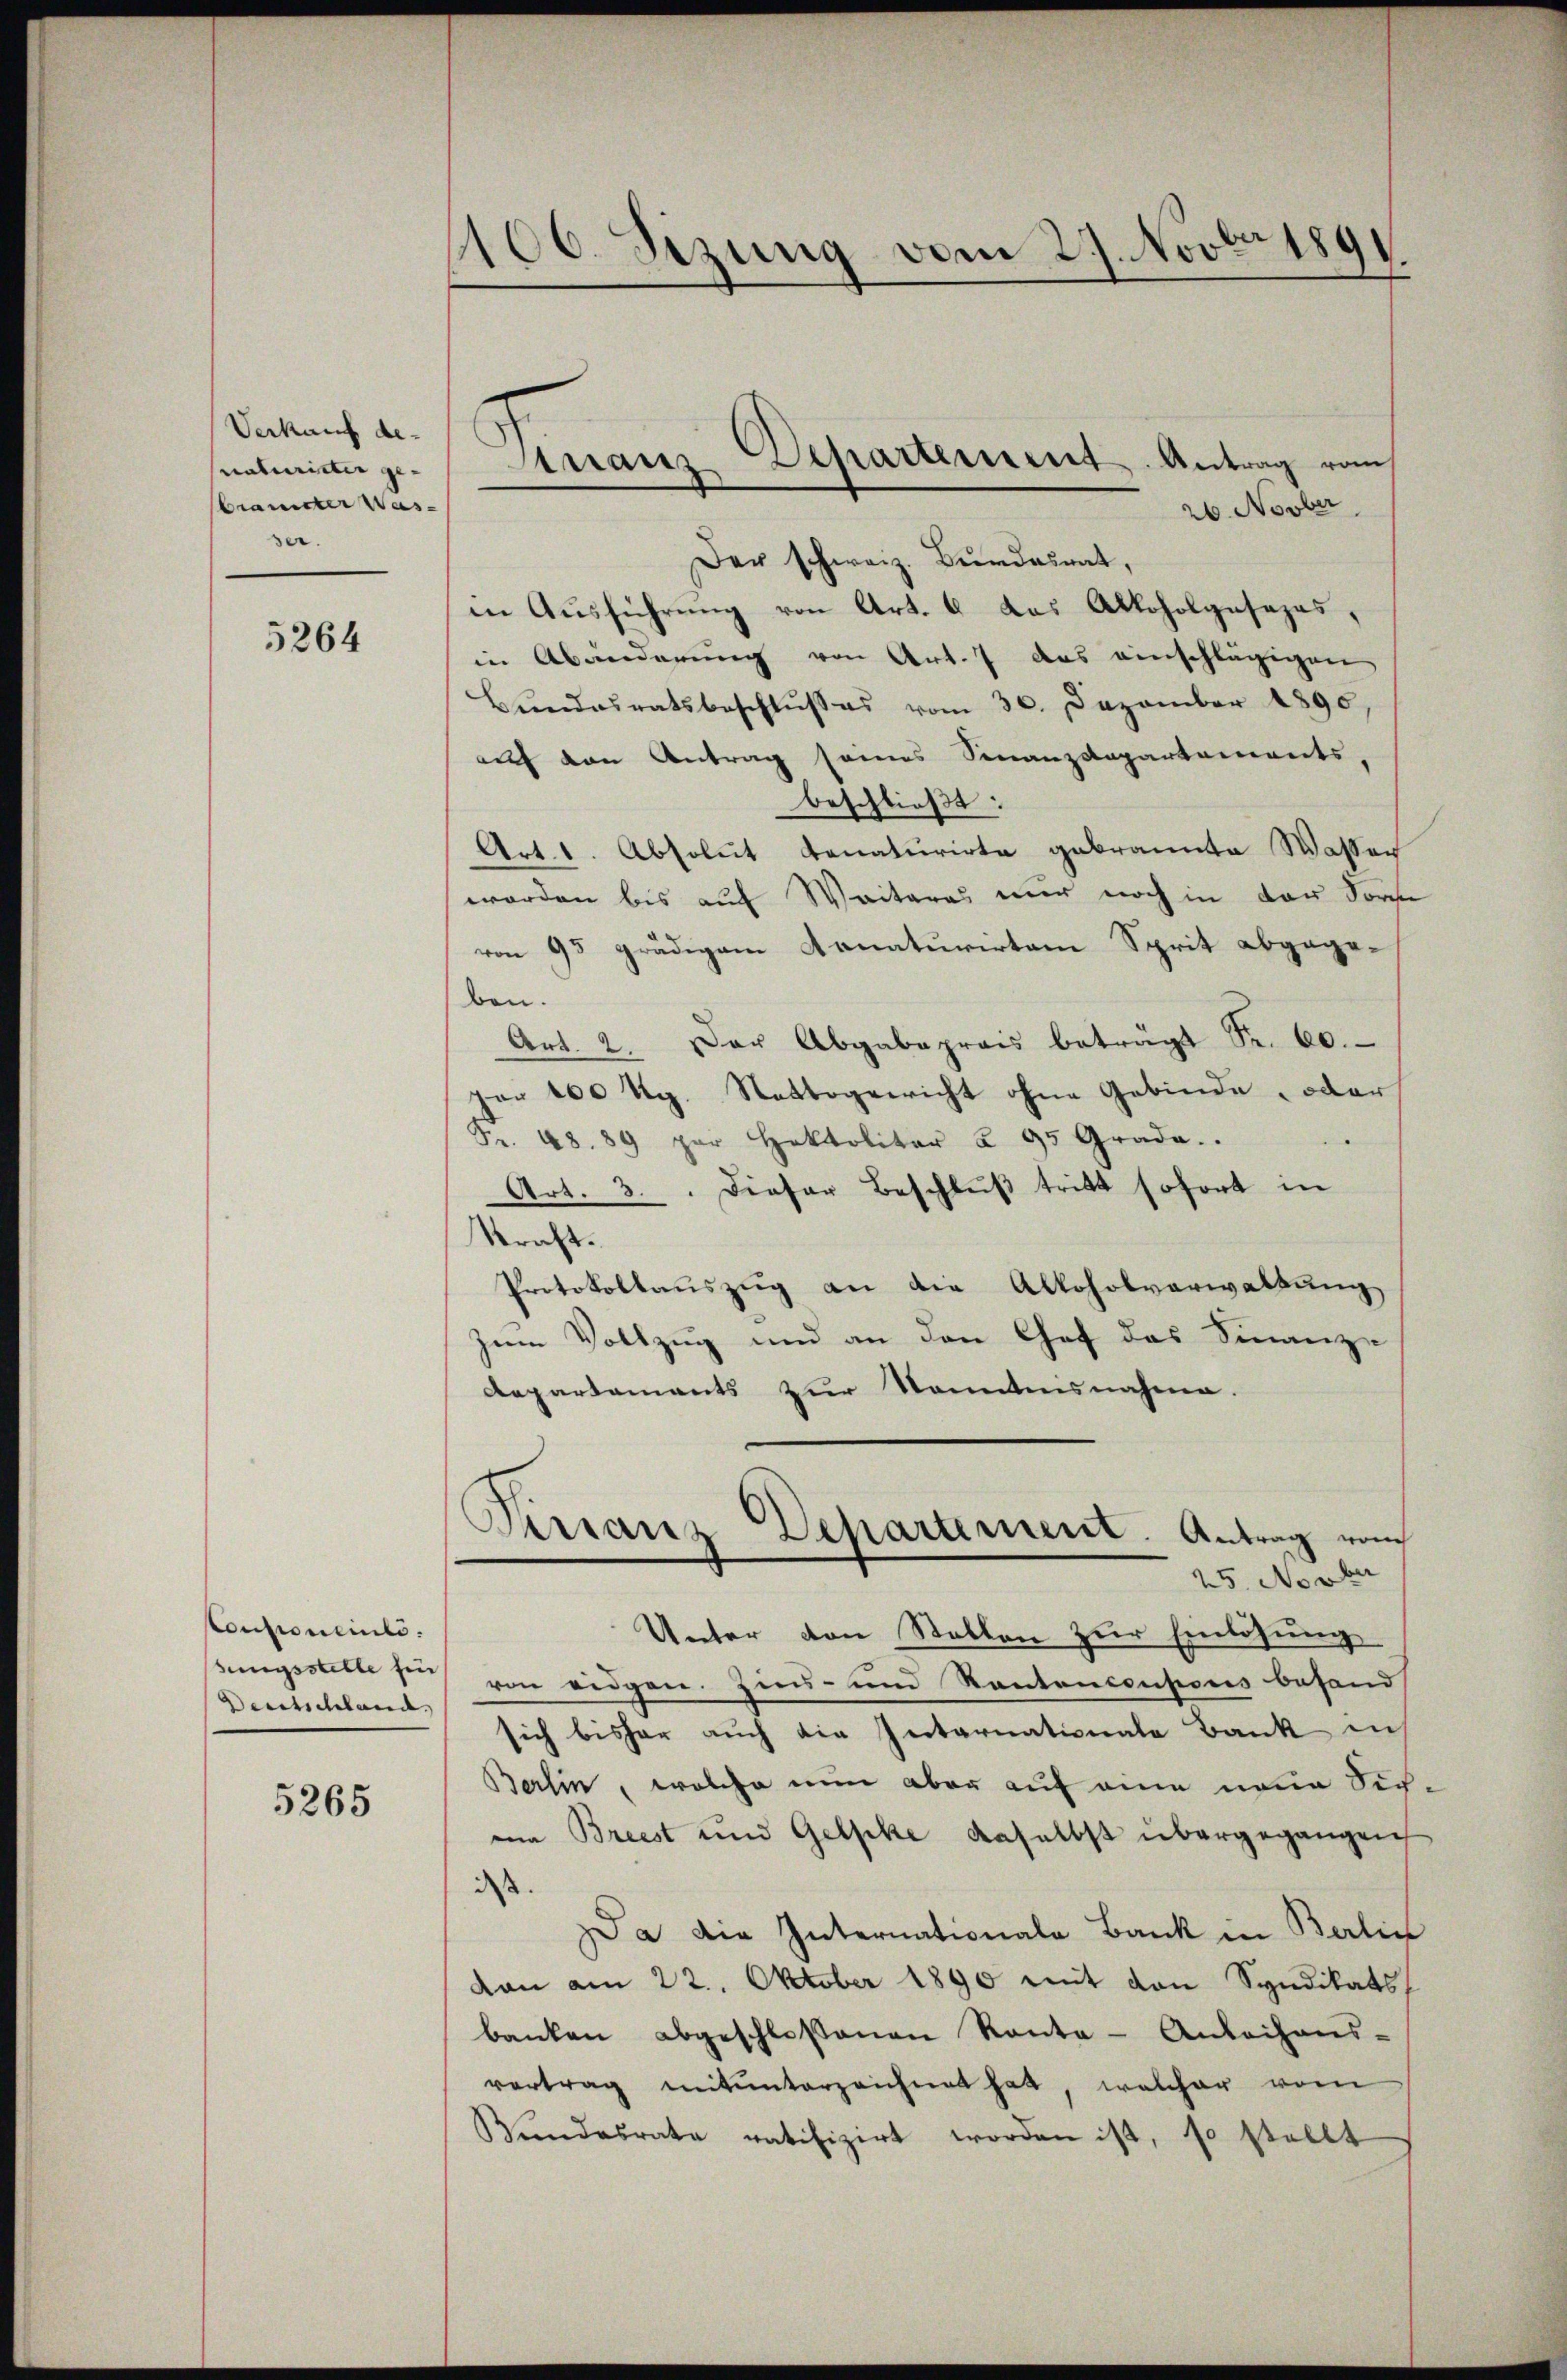
Verkauf de
naturister geramster Wasser.

5264

Couponeinli
sungsstelle fin
Deutschland,

5265

1100. Sizung vom 27. Novbr 1891.

26. Novber
Der schweiz. Bundesrat,
in Aŭsführŭng von Art. 6 das Alkoholposapas,
in Abänderung von Art. 7 das einschlägigen
Bŭndesratsbeschlŭsses vom 30. Dezember 1890,
auf den Antrag seines Finanzdepartements,
beschließt:
Art. 1. Absolut donaturirte gebrannte Wasser
worden bis auf Weiteres nur noch in der Form
von 95 grädigem Annaturirten Sprit abgegeben.
Art. 2. Der Abgabeprais beträgt Fr. 60.
per 100 Rg. Nettogericht ohne Gebinde, oder
Fr. 48. 89 par Hektolitär à 95 Grade.
Art. 3. Dieser Beschlŭβ tritt sofort in
kraft.
Protokollauszug an die Alloholverwaltung
zum Vollzug und an den Chef das Finanz-
Aepartaments zur Kenntnisnahme.
Pirranz Departement. Antrag vom
25. Novber
Unter von Stellen zur Einlösung
ren eidgen. Zins- und Kontaneoupons besandt
sich bisher auch die Internationale Bank in
Berlin, welche nun aber auf eine neue Sich
ia Breest und Gelpke, daselbst übergegangen
dass
Da die Internationale Bank in Berlin
dan am 22. Oktober 1890 mit den Syndikats
banken abgeschloßenen Kanta-Anleihens-
vertrag mitunterzeichnet hat, welcher vom
Wundesrate ratifizirt worden ist, so stellt

Ananz-Departement. Antrag vom